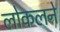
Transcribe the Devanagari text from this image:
लोकलने